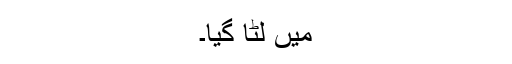
میں لُٹا گیا۔